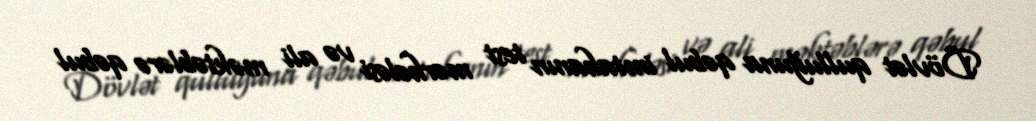
Dövlət qulluğuna qəbul imtahanın test mərhələsi və ali məktəblərə qəbul